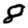
Digit: 8